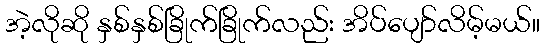
အဲ့လိုဆို နှစ်နှစ်ခြိုက်ခြိုက်လည်း အိပ်ပျော်လိမ့်မယ်။